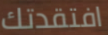
افتقدتك